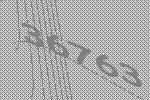
36763